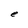
Character: e